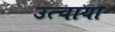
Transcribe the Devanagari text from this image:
उत्चाया